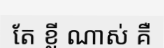
តែ ខ្លី ណាស់ គឺ